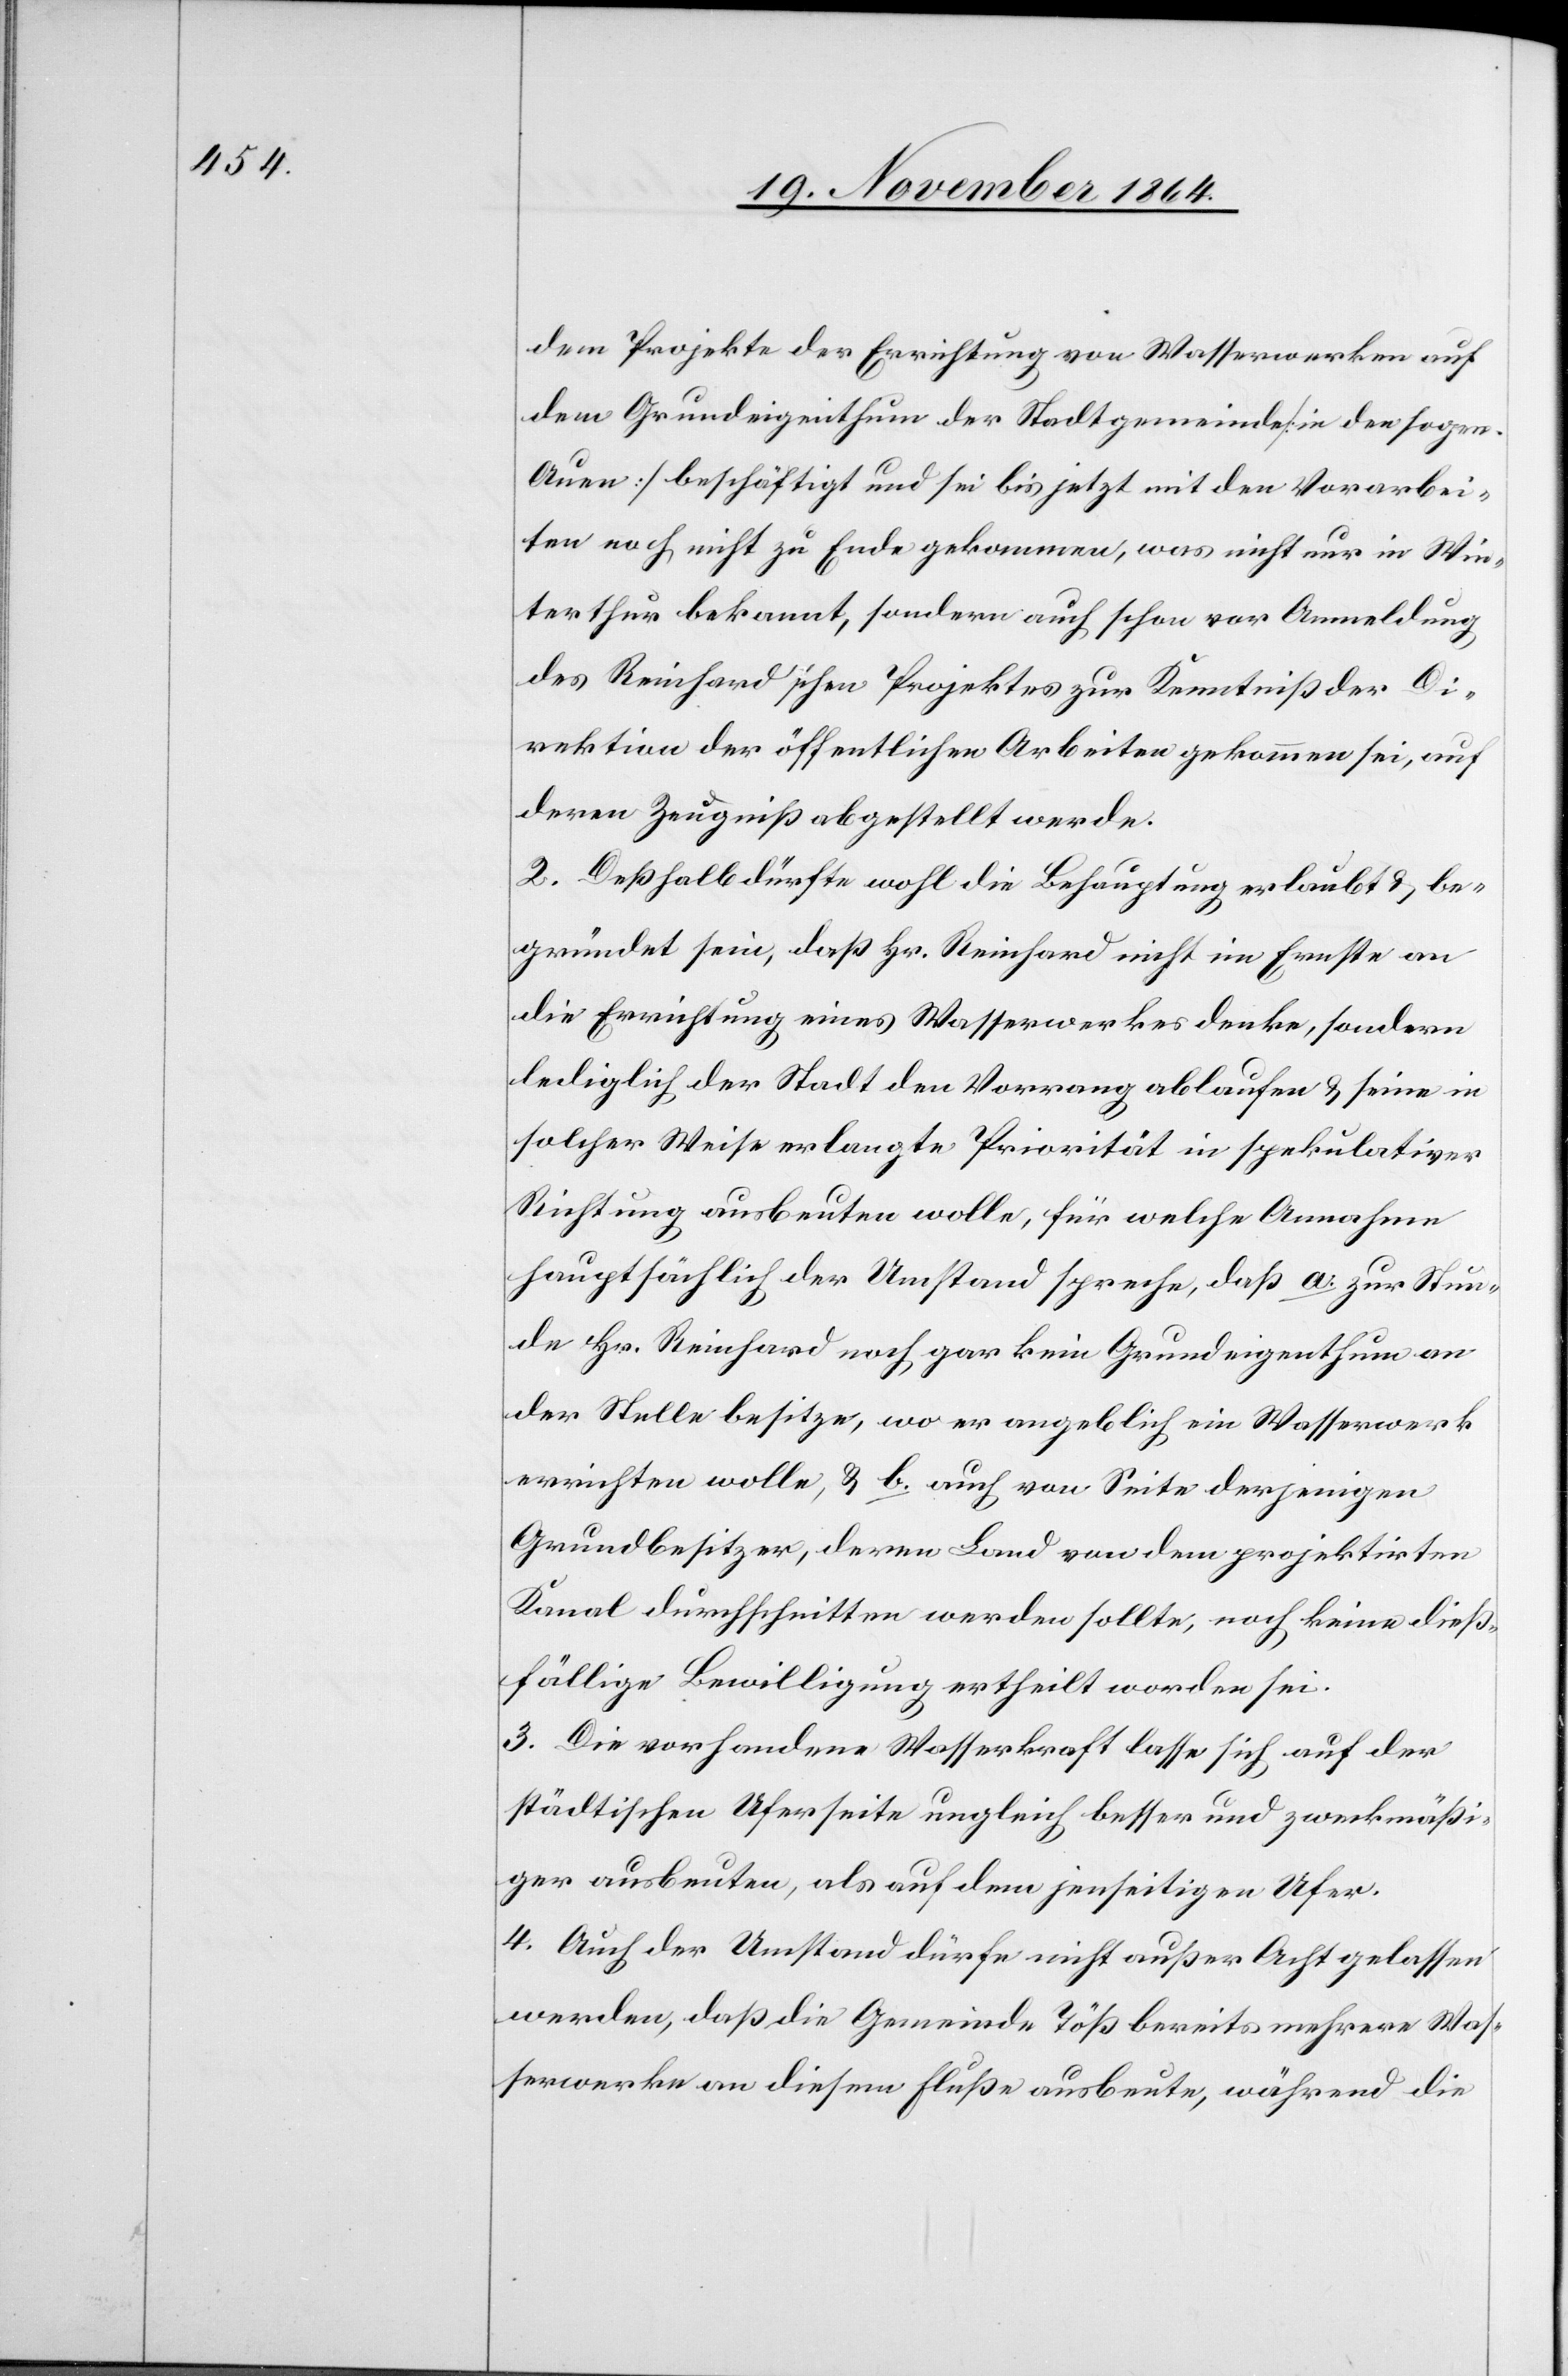
dem Projekte der Errichtung von Wasserwerken auf
dem Grundeigenthum der Stadtgemeinde [in der sogen.
Auen] beschäftigt und sei bis jetzt mit den Vorarbei¬
ten noch nicht zu Ende gekommen, was nicht nur in Win¬
terthur bekannt, sondern auch schon vor Anmeldung
des Reinhard’schen Projektes zur Kenntniß der Di¬
rektion der öffentlichen Arbeiten gekommen sei, auf
deren Zeugniß abgestellt werde.
2. Deßhalb dürfte wohl die Behauptung erlaubt & be¬
gründet sein, daß Hr. Reinhard nicht im Ernste an
die Errichtung eines Wasserwerkes denke, sondern
lediglich der Stadt den Vorrang ablaufen & seine in
solcher Weise erlangte Priorität in spekulativer
Richtung ausbeuten wolle, für welche Annahme
hauptsächlich der Umstand spreche, daß a. zur Stun¬
de Hr. Reinhard noch gar kein Grundeigenthum an
der Stelle besitze, wo er angeblich ein Wasserwerk
errichten wolle, & b. auch von Seite derjenigen
Grundbesitzer, deren Land von dem projektirten
Kanal durchschnitten werden sollte, noch keine dieß¬
fällige Bewilligung ertheilt worden sei.
3. Die vorhandene Wasserkraft lasse sich auf der
städtischen Uferseite ungleich besser und zweckmäßi¬
ger ausbeuten, als auf dem jenseitigen Ufer.
4. Auch der Umstand dürfe nicht außer Acht gelassen
werden, daß die Gemeinde Töß bereits mehrere Was¬
serwerke an diesem Fluße ausbeute, während die